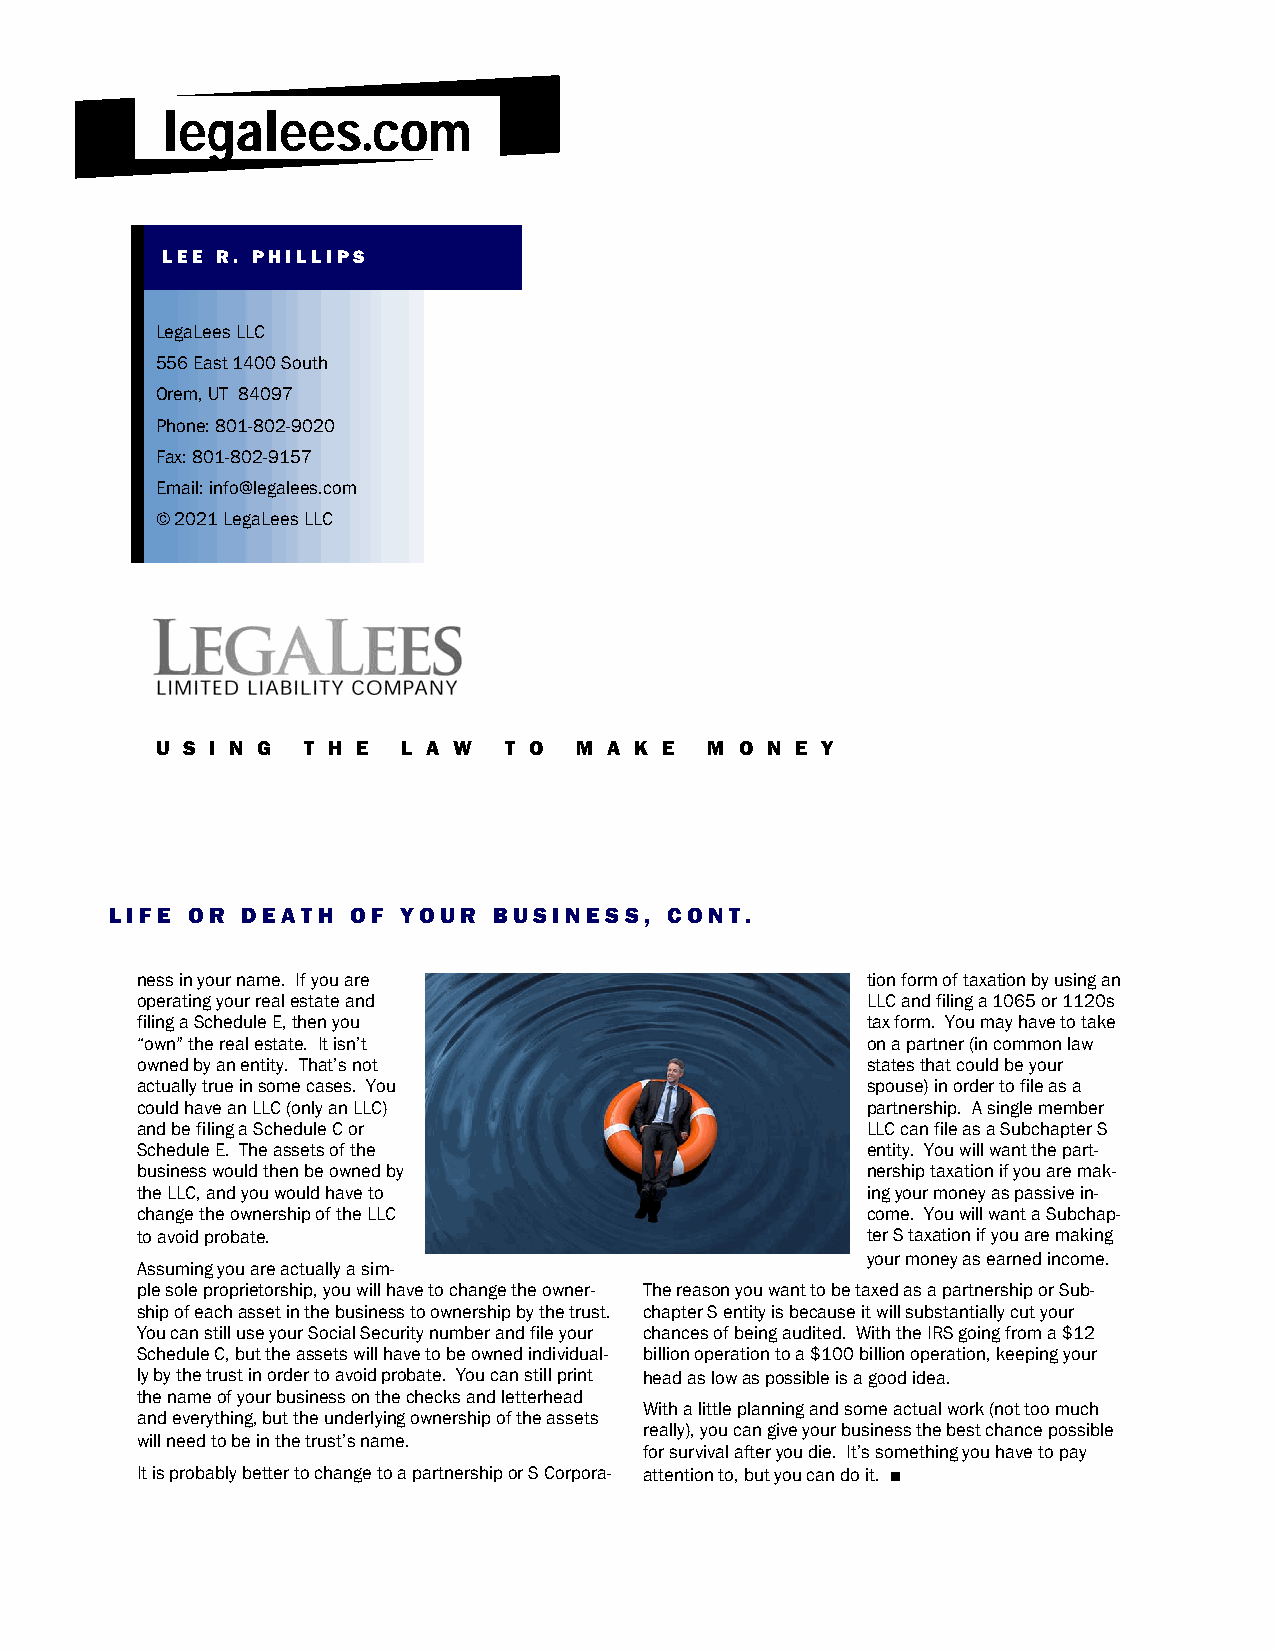
legalees.com
 LEE R. PHILLIPS
 LegaLees LLC
 556 East 1400 South
 Orem, UT 84097
 Phone: 801-802-9020
 Fax: 801-802-9157
 Email: info@legalees.com
 © 2021 LegaLees LLC
 U S I N G T H E  L A W T O  M A K E  M O N E Y
 LIFE OR  DEATH  OF YOUR   BUSINESS,  CONT.
 ness in your name. If you are                   tion form of taxation by using an
 operating your real estate and                  LLC and filing a 1065 or 1120s
 filing a Schedule E, then you                   tax form. You may have to take
 “own” the real estate. It isn’t                 on a partner (in common law
 owned by an entity. That’s not                  states that could be your
 actually true in some cases. You                spouse) in order to file as a
 could have an LLC (only an LLC)                 partnership. A single member
 and be filing a Schedule C or                   LLC can file as a Subchapter S
 Schedule E. The assets of the                   entity. You will want the part-
 business would then be owned by                 nership taxation if you are mak-
 the LLC, and you would have to                  ing your money as passive in-
 change the ownership of the LLC                 come. You will want a Subchap-
 to avoid probate.                               ter S taxation if you are making
 your money as earned income.
 Assuming you are actually a sim-
 ple sole proprietorship, you will have to change the owner- The reason you want to be taxed as a partnership or Sub-
 ship of each asset in the business to ownership by the trust. chapter S entity is because it will substantially cut your
 You can still use your Social Security number and file your chances of being audited. With the IRS going from a $12
 Schedule C, but the assets will have to be owned individual- billion operation to a $100 billion operation, keeping your
 ly by the trust in order to avoid probate. You can still print head as low as possible is a good idea.
 the name of your business on the checks and letterhead
 With a little planning and some actual work (not too much
 and everything, but the underlying ownership of the assets
 really), you can give your business the best chance possible
 will need to be in the trust’s name.
 for survival after you die. It’s something you have to pay
 It is probably better to change to a partnership or S Corpora- attention to, but you can do it. ■